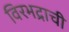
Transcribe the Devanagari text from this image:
विरभद्राची